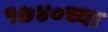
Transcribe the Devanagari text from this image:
१७४०च्या